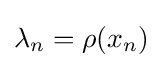
\lambda _{n}=\rho (x_{n})